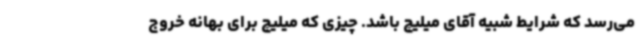
می‌رسد که شرایط شبیه آقای میلیچ باشد. چیزی که میلیچ برای بهانه خروج